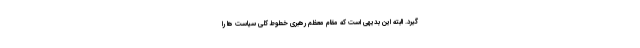
گیرد. البته این بدیهی است که مقام معظم رهبری خطوط کلی سیاست ها را